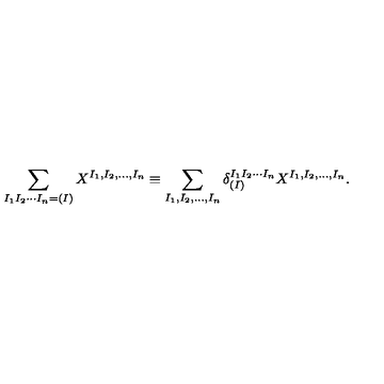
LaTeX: \sum _ { I _ { 1 } I _ { 2 } \cdots I _ { n } = ( I ) } X ^ { I _ { 1 } , I _ { 2 } , \ldots , I _ { n } } \equiv \sum _ { I _ { 1 } , I _ { 2 } , \ldots , I _ { n } } \delta _ { ( I ) } ^ { I _ { 1 } I _ { 2 } \cdots I _ { n } } X ^ { I _ { 1 } , I _ { 2 } , \ldots , I _ { n } } .